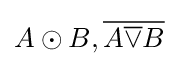
A\odot B,{\overline {A{\overline {\lor }}B}}